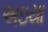
અઇયા